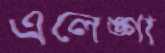
এলেঙ্গা